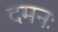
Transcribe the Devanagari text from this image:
दमनः